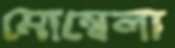
মোম্বেলা